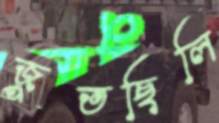
জুতছিলি